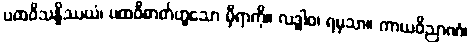
ပထဝိသန္နိဿယံ၊ ပထဝီဓာတ်ဟူသော မှီရာကို။ လဒ္ဓါဝ၊ ရမှသာ။ ကာယဝိညာဏံ၊